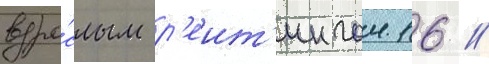
взро́слым р'еит'ингом 16 //